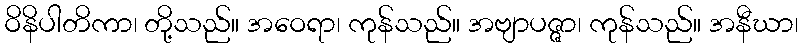
ဝိနိပါတိကာ၊ တို့သည်။ အဝေရာ၊ ကုန်သည်။ အဗျာပဇ္ဇာ၊ ကုန်သည်။ အနီဃာ၊